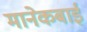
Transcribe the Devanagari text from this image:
मानेकबाई